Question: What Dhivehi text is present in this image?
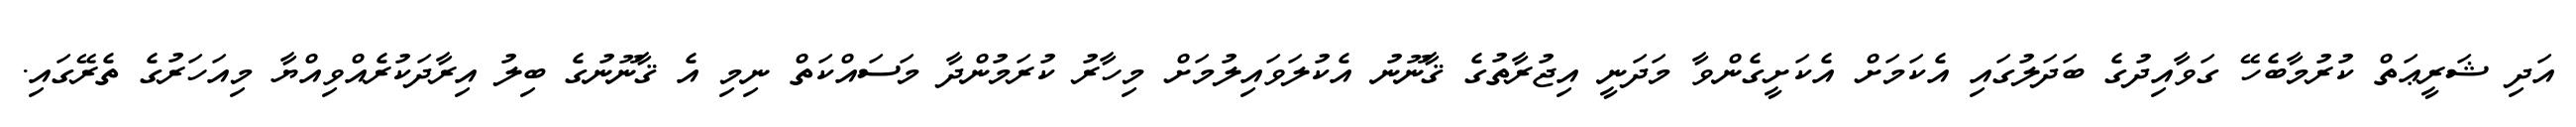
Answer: އަދި ޝަރީޢަތް ކުރުމާބެހޭ ގަވާއިދުގެ ބަދަލުގައި އެކަމަށް އެކަށީގެންވާ މަދަނީ އިޖުރާތުގެ ޤާނޫނު އެކުލަވައިލުމަށް މިހާރު ކުރަމުންދާ މަސައްކަތް ނިމި އެ ޤާނޫނުގެ ބިލު އިރާދަކުރެއްވިއްޔާ މިއަހަރުގެ ތެރޭގައި.